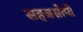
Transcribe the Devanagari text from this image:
सहजसोपी